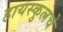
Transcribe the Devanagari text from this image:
हायस्‍कुलचे